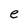
Character: e